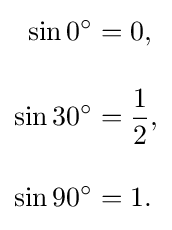
{\begin{aligned}\sin 0^{\circ }&=0,\\[10pt]\sin 30^{\circ }&={\frac {1}{2}},\\[10pt]\sin 90^{\circ }&=1.\end{aligned}}